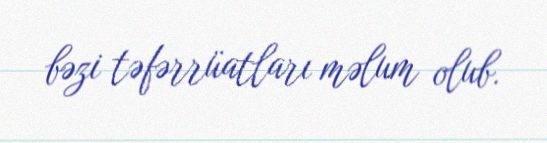
bəzi təfərrüatları məlum olub.